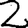
Digit: 2